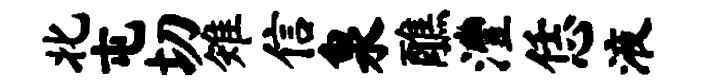
北屯切雉信泉醮澧恁液